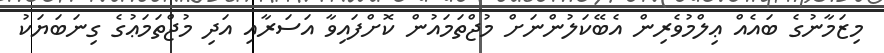
މިޒަމާނުގެ ބައެއް ޢިލްމުވެރިން އެބޭކަލުންނަށް މުޖްތަމައުން ކޮށްފައިވާ އަސަރާއި އަދި މުޖްތަމަޢުގެ ގިނަބަޔަކު